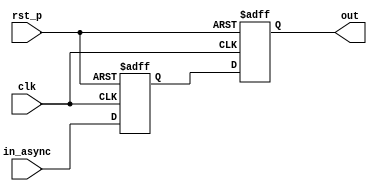
//Copyright 2017 Christopher Parish
//
//Licensed under the Apache License, Version 2.0 (the "License");
//you may not use this file except in compliance with the License.
//You may obtain a copy of the License at
//
//   http://www.apache.org/licenses/LICENSE-2.0
//
//Unless required by applicable law or agreed to in writing, software
//distributed under the License is distributed on an "AS IS" BASIS,
//WITHOUT WARRANTIES OR CONDITIONS OF ANY KIND, either express or implied.
//See the License for the specific language governing permissions and
//limitations under the License.

module ff_sync #(parameter WIDTH=1)(
    input clk,
    input rst_p,
    input[WIDTH-1:0] in_async,
    output reg[WIDTH-1:0] out);
    
    (* ASYNC_REG = "TRUE" *) reg[WIDTH-1:0] sync_reg;
    always @(posedge clk, posedge rst_p) begin
        if(rst_p) begin
            sync_reg <= 0;
            out <= 0;
        end else begin
            {out, sync_reg} <= {sync_reg, in_async};
        end
    end
    
endmodule